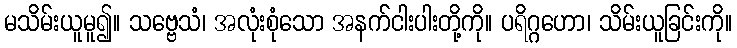
မသိမ်းယူမူ၍။ သဗ္ဗေသံ၊ အလုံးစုံသော အနက်ငါးပါးတို့ကို။ ပရိဂ္ဂဟော၊ သိမ်းယူခြင်းကို။